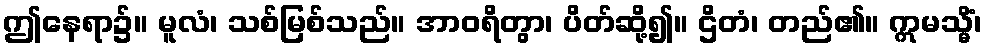
ဤနေရာ၌။ မူလံ၊ သစ်မြစ်သည်။ အာဝရိတွာ၊ ပိတ်ဆို့၍။ ဌိတံ၊ တည်၏။ ဣမသ္မိံ၊